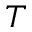
T